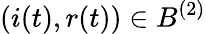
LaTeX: (i(t),r(t))\in B^{(2)}